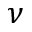
\nu